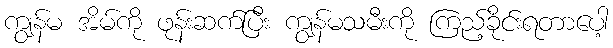
ကျွန်မ အိမ်ကို ဖုန်းဆက်ပြီး ကျွန်မသမီးကို ကြည့်ခိုင်းရတာပေါ့